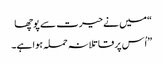
“میں نے حیرت سے پوچھا
”اُس پر قاتلانہ حملہ ہوا ہے۔